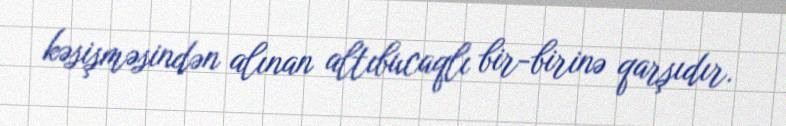
kəsişməsindən alınan altıbucaqlı bir-birinə qarşıdır.